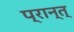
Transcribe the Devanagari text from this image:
प्रान्त्